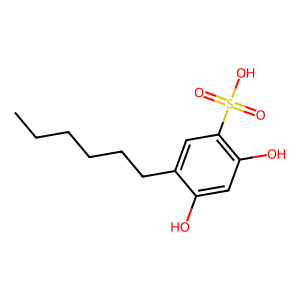
SMILES: CCCCCCc1cc(S(=O)(=O)O)c(O)cc1O
Inhibits HIV replication: No